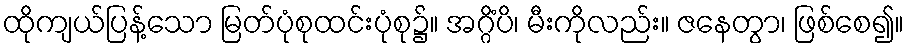
ထိုကျယ်ပြန့်သော မြတ်ပုံစုထင်းပုံစု၌။ အဂ္ဂိံပိ၊ မီးကိုလည်း။ ဇနေတွာ၊ ဖြစ်စေ၍။